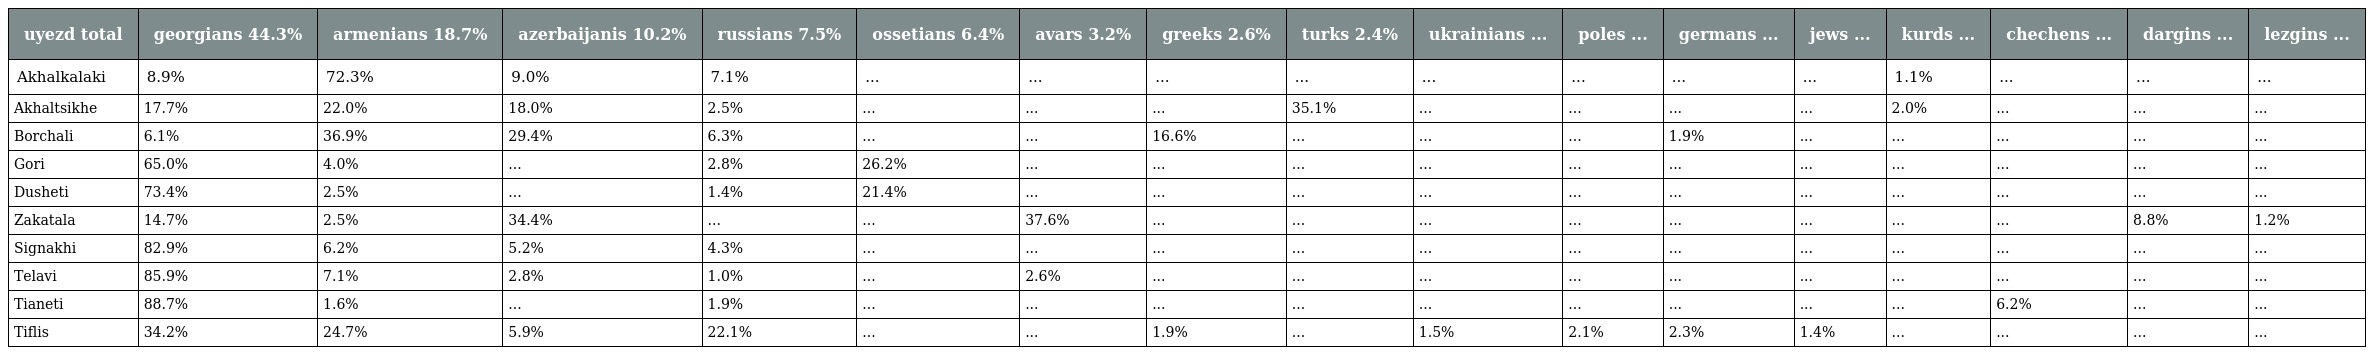
| uyezd total | georgians 44.3% | armenians 18.7% | azerbaijanis 10.2% | russians 7.5% | ossetians 6.4% | avars 3.2% | greeks 2.6% | turks 2.4% | ukrainians ... | poles ... | germans ... | jews ... | kurds ... | chechens ... | dargins ... | lezgins ... |
 | --- | --- | --- | --- | --- | --- | --- | --- | --- | --- | --- | --- | --- | --- | --- | --- | --- |
 | Akhalkalaki | 8.9% | 72.3% | 9.0% | 7.1% | ... | ... | ... | ... | ... | ... | ... | ... | 1.1% | ... | ... | ... |
 | Akhaltsikhe | 17.7% | 22.0% | 18.0% | 2.5% | ... | ... | ... | 35.1% | ... | ... | ... | ... | 2.0% | ... | ... | ... |
 | Borchali | 6.1% | 36.9% | 29.4% | 6.3% | ... | ... | 16.6% | ... | ... | ... | 1.9% | ... | ... | ... | ... | ... |
 | Gori | 65.0% | 4.0% | ... | 2.8% | 26.2% | ... | ... | ... | ... | ... | ... | ... | ... | ... | ... | ... |
 | Dusheti | 73.4% | 2.5% | ... | 1.4% | 21.4% | ... | ... | ... | ... | ... | ... | ... | ... | ... | ... | ... |
 | Zakatala | 14.7% | 2.5% | 34.4% | ... | ... | 37.6% | ... | ... | ... | ... | ... | ... | ... | ... | 8.8% | 1.2% |
 | Signakhi | 82.9% | 6.2% | 5.2% | 4.3% | ... | ... | ... | ... | ... | ... | ... | ... | ... | ... | ... | ... |
 | Telavi | 85.9% | 7.1% | 2.8% | 1.0% | ... | 2.6% | ... | ... | ... | ... | ... | ... | ... | ... | ... | ... |
 | Tianeti | 88.7% | 1.6% | ... | 1.9% | ... | ... | ... | ... | ... | ... | ... | ... | ... | 6.2% | ... | ... |
 | Tiflis | 34.2% | 24.7% | 5.9% | 22.1% | ... | ... | 1.9% | ... | 1.5% | 2.1% | 2.3% | 1.4% | ... | ... | ... | ... |